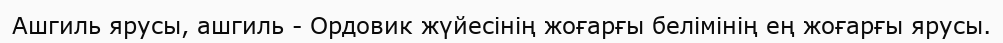
Ашгиль ярусы, ашгиль - Ордовик жүйесінің жоғарғы белімінің ең жоғарғы ярусы.